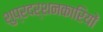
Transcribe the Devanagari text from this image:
शुप्रदर्शनकारियों